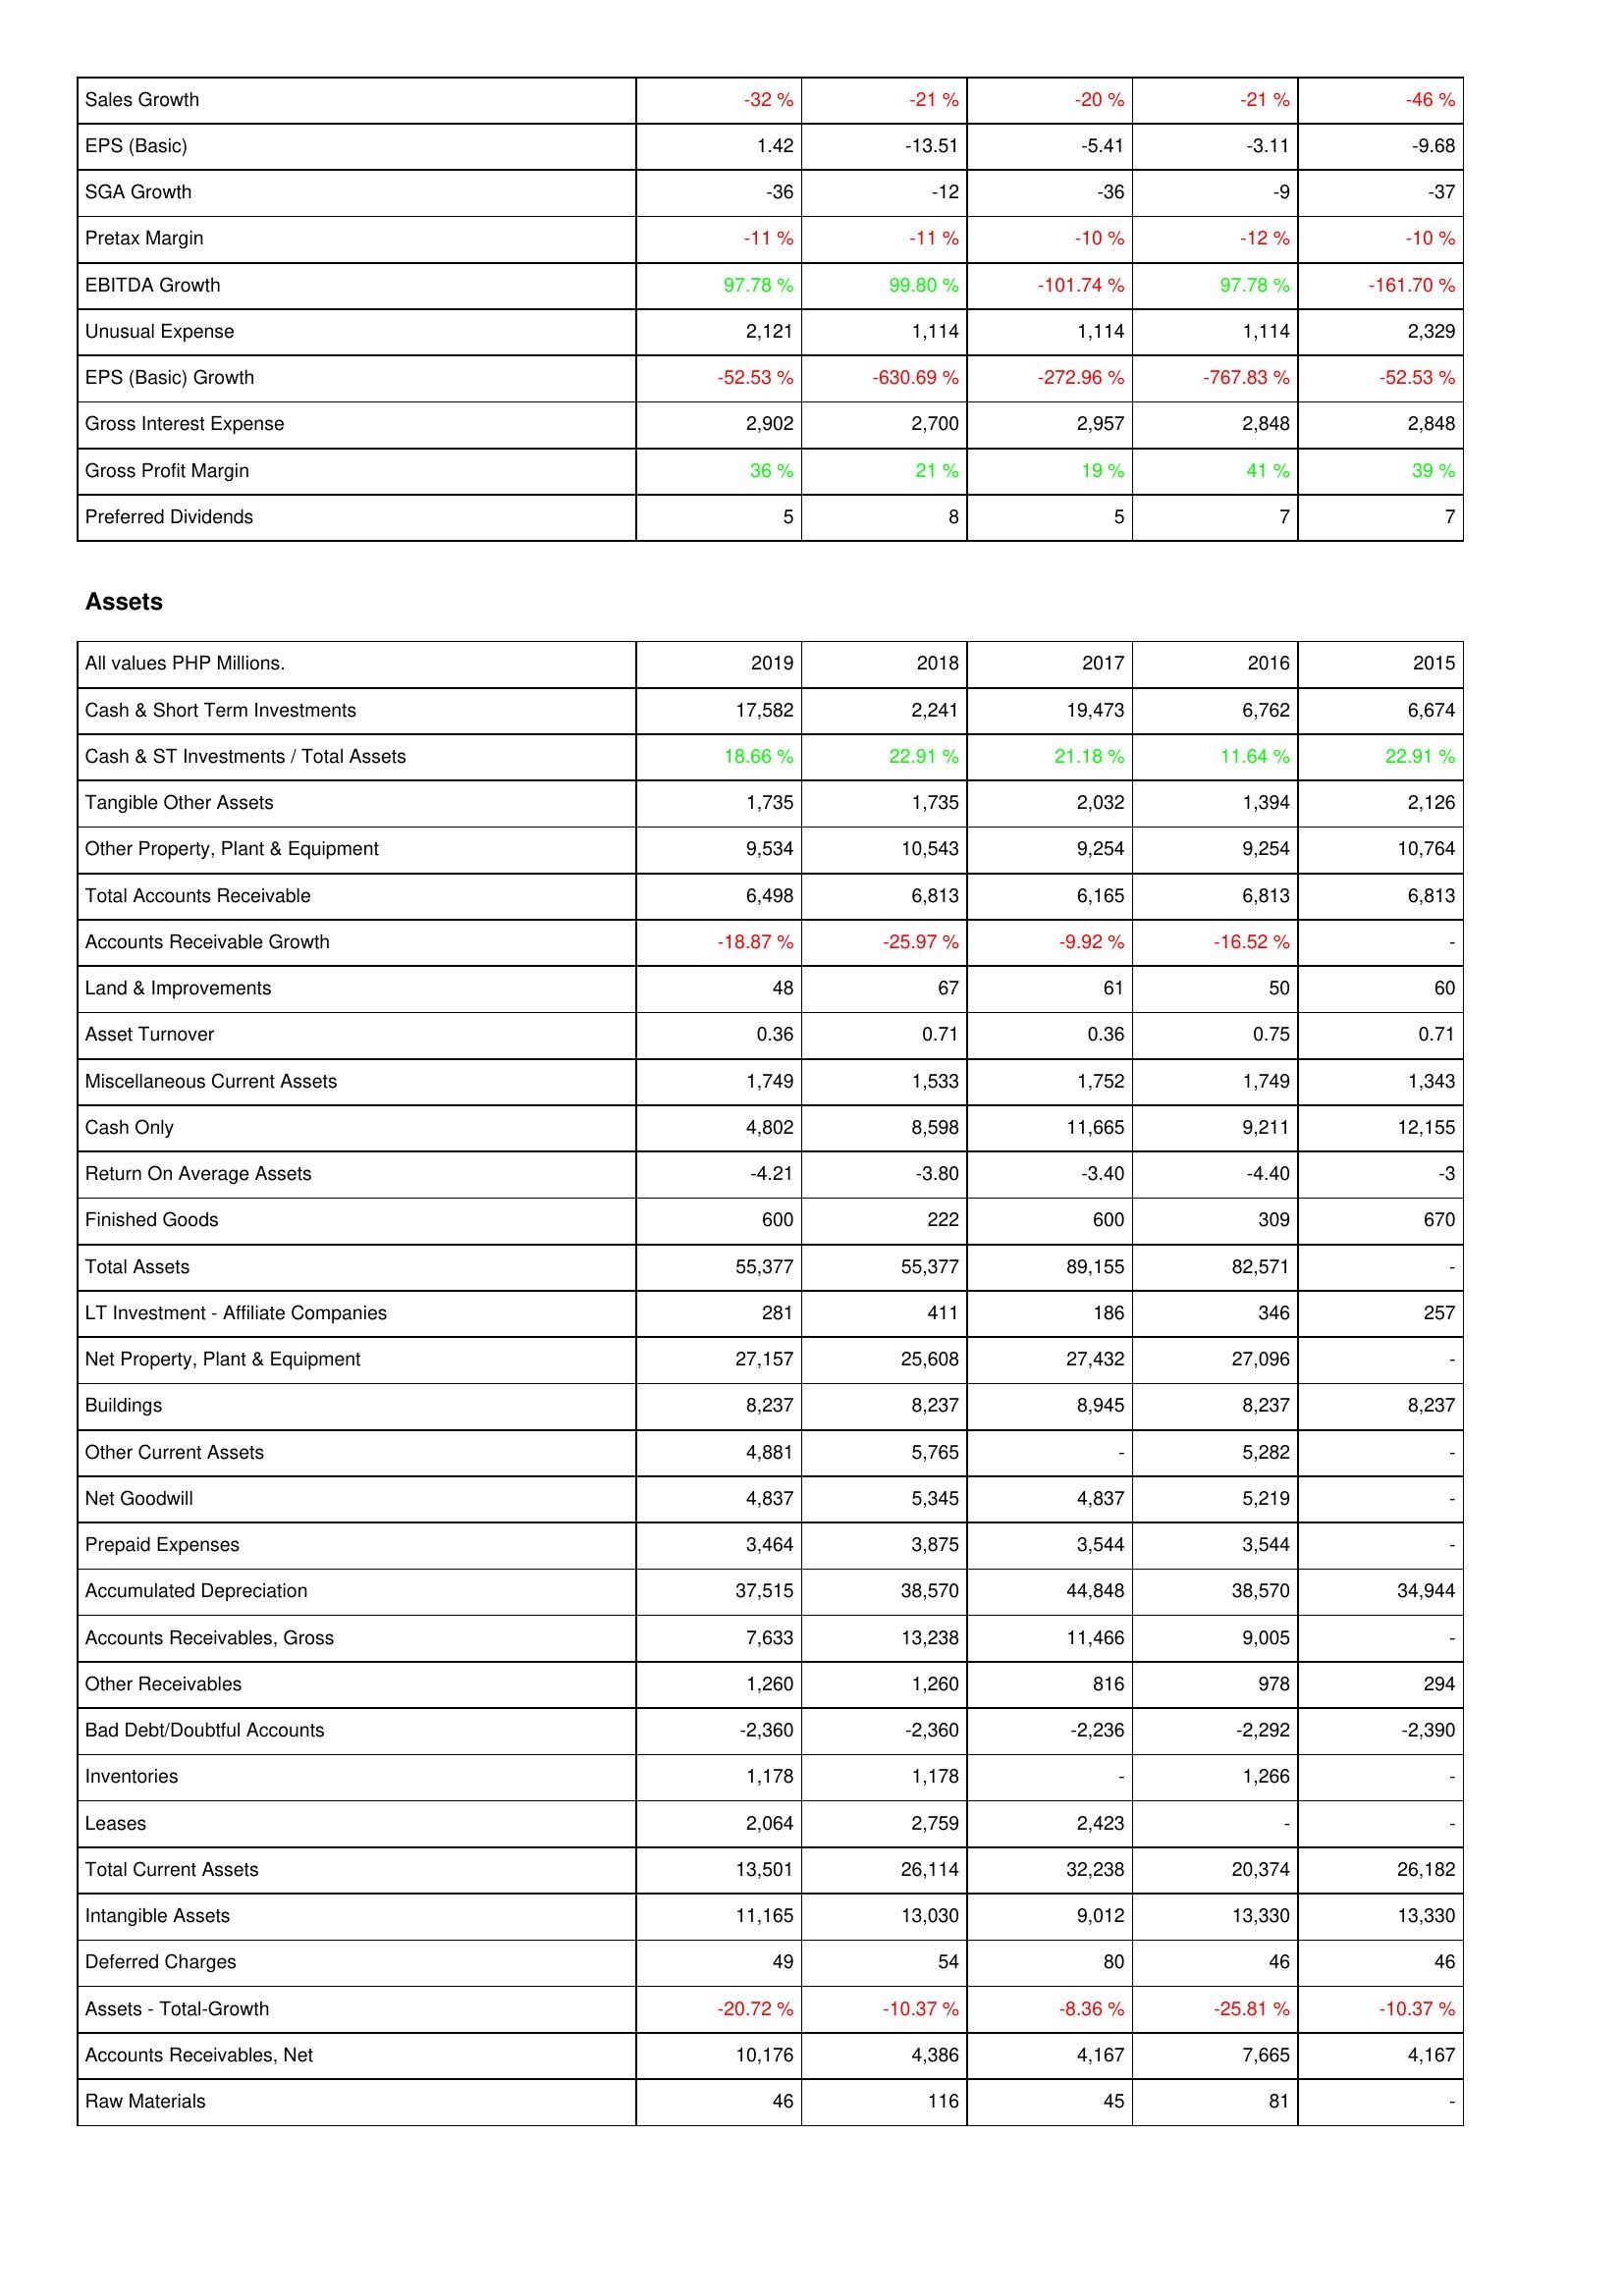
2019: Income Statement: Sales Growth: -32 %
EPS (Basic): 1.42
SGA Growth: -36
Pretax Margin: -11 %
EBITDA Growth: 97.78 %
Unusual Expense: 2,121
EPS (Basic) Growth: -52.53 %
Gross Interest Expense: 2,902
Gross Profit Margin: 36 %
Preferred Dividends: 5
Assets: Cash & Short Term Investments: 17,582
Cash & ST Investments / Total Assets: 18.66 %
Tangible Other Assets: 1,735
Other Property, Plant & Equipment: 9,534
Total Accounts Receivable: 6,498
Accounts Receivable Growth: -18.87 %
Land & Improvements: 48
Asset Turnover: 0.36
Miscellaneous Current Assets: 1,749
Cash Only: 4,802
Return On Average Assets: -4.21
Finished Goods: 600
Total Assets: 55,377
LT Investment - Affiliate Companies: 281
Net Property, Plant & Equipment: 27,157
Buildings: 8,237
Other Current Assets: 4,881
Net Goodwill: 4,837
Prepaid Expenses: 3,464
Accumulated Depreciation: 37,515
Accounts Receivables, Gross: 7,633
Other Receivables: 1,260
Bad Debt/Doubtful Accounts: -2,360
Inventories: 1,178
Leases: 2,064
Total Current Assets: 13,501
Intangible Assets: 11,165
Deferred Charges: 49
Assets - Total-Growth: -20.72 %
Accounts Receivables, Net: 10,176
Raw Materials: 46
2018: Income Statement: Sales Growth: -21 %
EPS (Basic): -13.51
SGA Growth: -12
Pretax Margin: -11 %
EBITDA Growth: 99.80 %
Unusual Expense: 1,114
EPS (Basic) Growth: -630.69 %
Gross Interest Expense: 2,700
Gross Profit Margin: 21 %
Preferred Dividends: 8
Assets: Cash & Short Term Investments: 2,241
Cash & ST Investments / Total Assets: 22.91 %
Tangible Other Assets: 1,735
Other Property, Plant & Equipment: 10,543
Total Accounts Receivable: 6,813
Accounts Receivable Growth: -25.97 %
Land & Improvements: 67
Asset Turnover: 0.71
Miscellaneous Current Assets: 1,533
Cash Only: 8,598
Return On Average Assets: -3.80
Finished Goods: 222
Total Assets: 55,377
LT Investment - Affiliate Companies: 411
Net Property, Plant & Equipment: 25,608
Buildings: 8,237
Other Current Assets: 5,765
Net Goodwill: 5,345
Prepaid Expenses: 3,875
Accumulated Depreciation: 38,570
Accounts Receivables, Gross: 13,238
Other Receivables: 1,260
Bad Debt/Doubtful Accounts: -2,360
Inventories: 1,178
Leases: 2,759
Total Current Assets: 26,114
Intangible Assets: 13,030
Deferred Charges: 54
Assets - Total-Growth: -10.37 %
Accounts Receivables, Net: 4,386
Raw Materials: 116
2017: Income Statement: Sales Growth: -20 %
EPS (Basic): -5.41
SGA Growth: -36
Pretax Margin: -10 %
EBITDA Growth: -101.74 %
Unusual Expense: 1,114
EPS (Basic) Growth: -272.96 %
Gross Interest Expense: 2,957
Gross Profit Margin: 19 %
Preferred Dividends: 5
Assets: Cash & Short Term Investments: 19,473
Cash & ST Investments / Total Assets: 21.18 %
Tangible Other Assets: 2,032
Other Property, Plant & Equipment: 9,254
Total Accounts Receivable: 6,165
Accounts Receivable Growth: -9.92 %
Land & Improvements: 61
Asset Turnover: 0.36
Miscellaneous Current Assets: 1,752
Cash Only: 11,665
Return On Average Assets: -3.40
Finished Goods: 600
Total Assets: 89,155
LT Investment - Affiliate Companies: 186
Net Property, Plant & Equipment: 27,432
Buildings: 8,945
Other Current Assets: -
Net Goodwill: 4,837
Prepaid Expenses: 3,544
Accumulated Depreciation: 44,848
Accounts Receivables, Gross: 11,466
Other Receivables: 816
Bad Debt/Doubtful Accounts: -2,236
Inventories: -
Leases: 2,423
Total Current Assets: 32,238
Intangible Assets: 9,012
Deferred Charges: 80
Assets - Total-Growth: -8.36 %
Accounts Receivables, Net: 4,167
Raw Materials: 45
2016: Income Statement: Sales Growth: -21 %
EPS (Basic): -3.11
SGA Growth: -9
Pretax Margin: -12 %
EBITDA Growth: 97.78 %
Unusual Expense: 1,114
EPS (Basic) Growth: -767.83 %
Gross Interest Expense: 2,848
Gross Profit Margin: 41 %
Preferred Dividends: 7
Assets: Cash & Short Term Investments: 6,762
Cash & ST Investments / Total Assets: 11.64 %
Tangible Other Assets: 1,394
Other Property, Plant & Equipment: 9,254
Total Accounts Receivable: 6,813
Accounts Receivable Growth: -16.52 %
Land & Improvements: 50
Asset Turnover: 0.75
Miscellaneous Current Assets: 1,749
Cash Only: 9,211
Return On Average Assets: -4.40
Finished Goods: 309
Total Assets: 82,571
LT Investment - Affiliate Companies: 346
Net Property, Plant & Equipment: 27,096
Buildings: 8,237
Other Current Assets: 5,282
Net Goodwill: 5,219
Prepaid Expenses: 3,544
Accumulated Depreciation: 38,570
Accounts Receivables, Gross: 9,005
Other Receivables: 978
Bad Debt/Doubtful Accounts: -2,292
Inventories: 1,266
Leases: -
Total Current Assets: 20,374
Intangible Assets: 13,330
Deferred Charges: 46
Assets - Total-Growth: -25.81 %
Accounts Receivables, Net: 7,665
Raw Materials: 81
2015: Income Statement: Sales Growth: -46 %
EPS (Basic): -9.68
SGA Growth: -37
Pretax Margin: -10 %
EBITDA Growth: -161.70 %
Unusual Expense: 2,329
EPS (Basic) Growth: -52.53 %
Gross Interest Expense: 2,848
Gross Profit Margin: 39 %
Preferred Dividends: 7
Assets: Cash & Short Term Investments: 6,674
Cash & ST Investments / Total Assets: 22.91 %
Tangible Other Assets: 2,126
Other Property, Plant & Equipment: 10,764
Total Accounts Receivable: 6,813
Accounts Receivable Growth: -
Land & Improvements: 60
Asset Turnover: 0.71
Miscellaneous Current Assets: 1,343
Cash Only: 12,155
Return On Average Assets: -3
Finished Goods: 670
Total Assets: -
LT Investment - Affiliate Companies: 257
Net Property, Plant & Equipment: -
Buildings: 8,237
Other Current Assets: -
Net Goodwill: -
Prepaid Expenses: -
Accumulated Depreciation: 34,944
Accounts Receivables, Gross: -
Other Receivables: 294
Bad Debt/Doubtful Accounts: -2,390
Inventories: -
Leases: -
Total Current Assets: 26,182
Intangible Assets: 13,330
Deferred Charges: 46
Assets - Total-Growth: -10.37 %
Accounts Receivables, Net: 4,167
Raw Materials: -